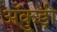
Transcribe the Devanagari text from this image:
अँकुड़ी